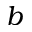
b